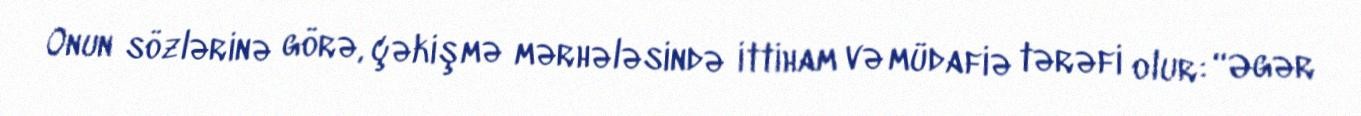
Onun sözlərinə görə, çəkişmə mərhələsində ittiham və müdafiə tərəfi olur: “Əgər